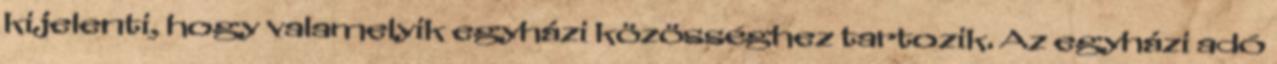
kijelenti, hogy valamelyik egyházi közösséghez tartozik. Az egyházi adó